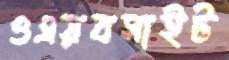
ওএয়বসাইট